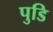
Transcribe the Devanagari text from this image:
पुडि